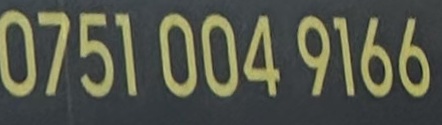
0751 004 9166